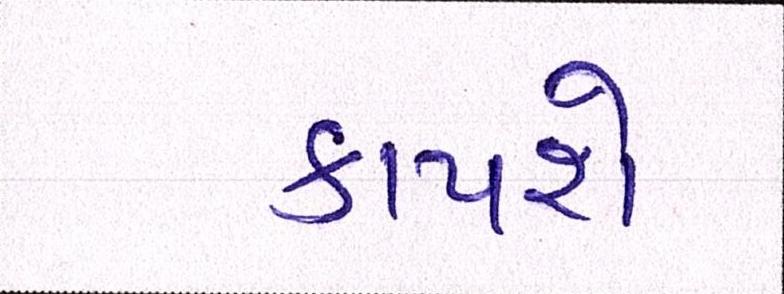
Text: કાપશે